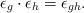
LaTeX: \begin{align*}\epsilon_g \cdot\epsilon_h = \epsilon_{gh}.\end{align*}